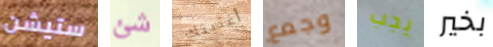
ستيشن شئ أغنيتك وجمع يجب بخير